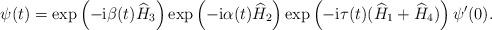
LaTeX: \begin{align*}\psi(t)=\exp\left(-{\rm i}\beta(t)\widehat{H}_3\right)\exp\left(-{\rm i}\alpha(t)\widehat{H}_2\right)\exp\left(-{\rm i}\tau(t)(\widehat{H}_1+\widehat{H}_4)\right)\psi'(0).\end{align*}